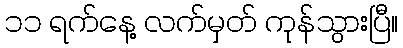
၁၁ ရက်နေ့ လက်မှတ် ကုန်သွားပြီ။